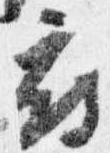
府